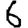
Digit: 6